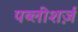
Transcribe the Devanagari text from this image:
पब्लीशर्ज़